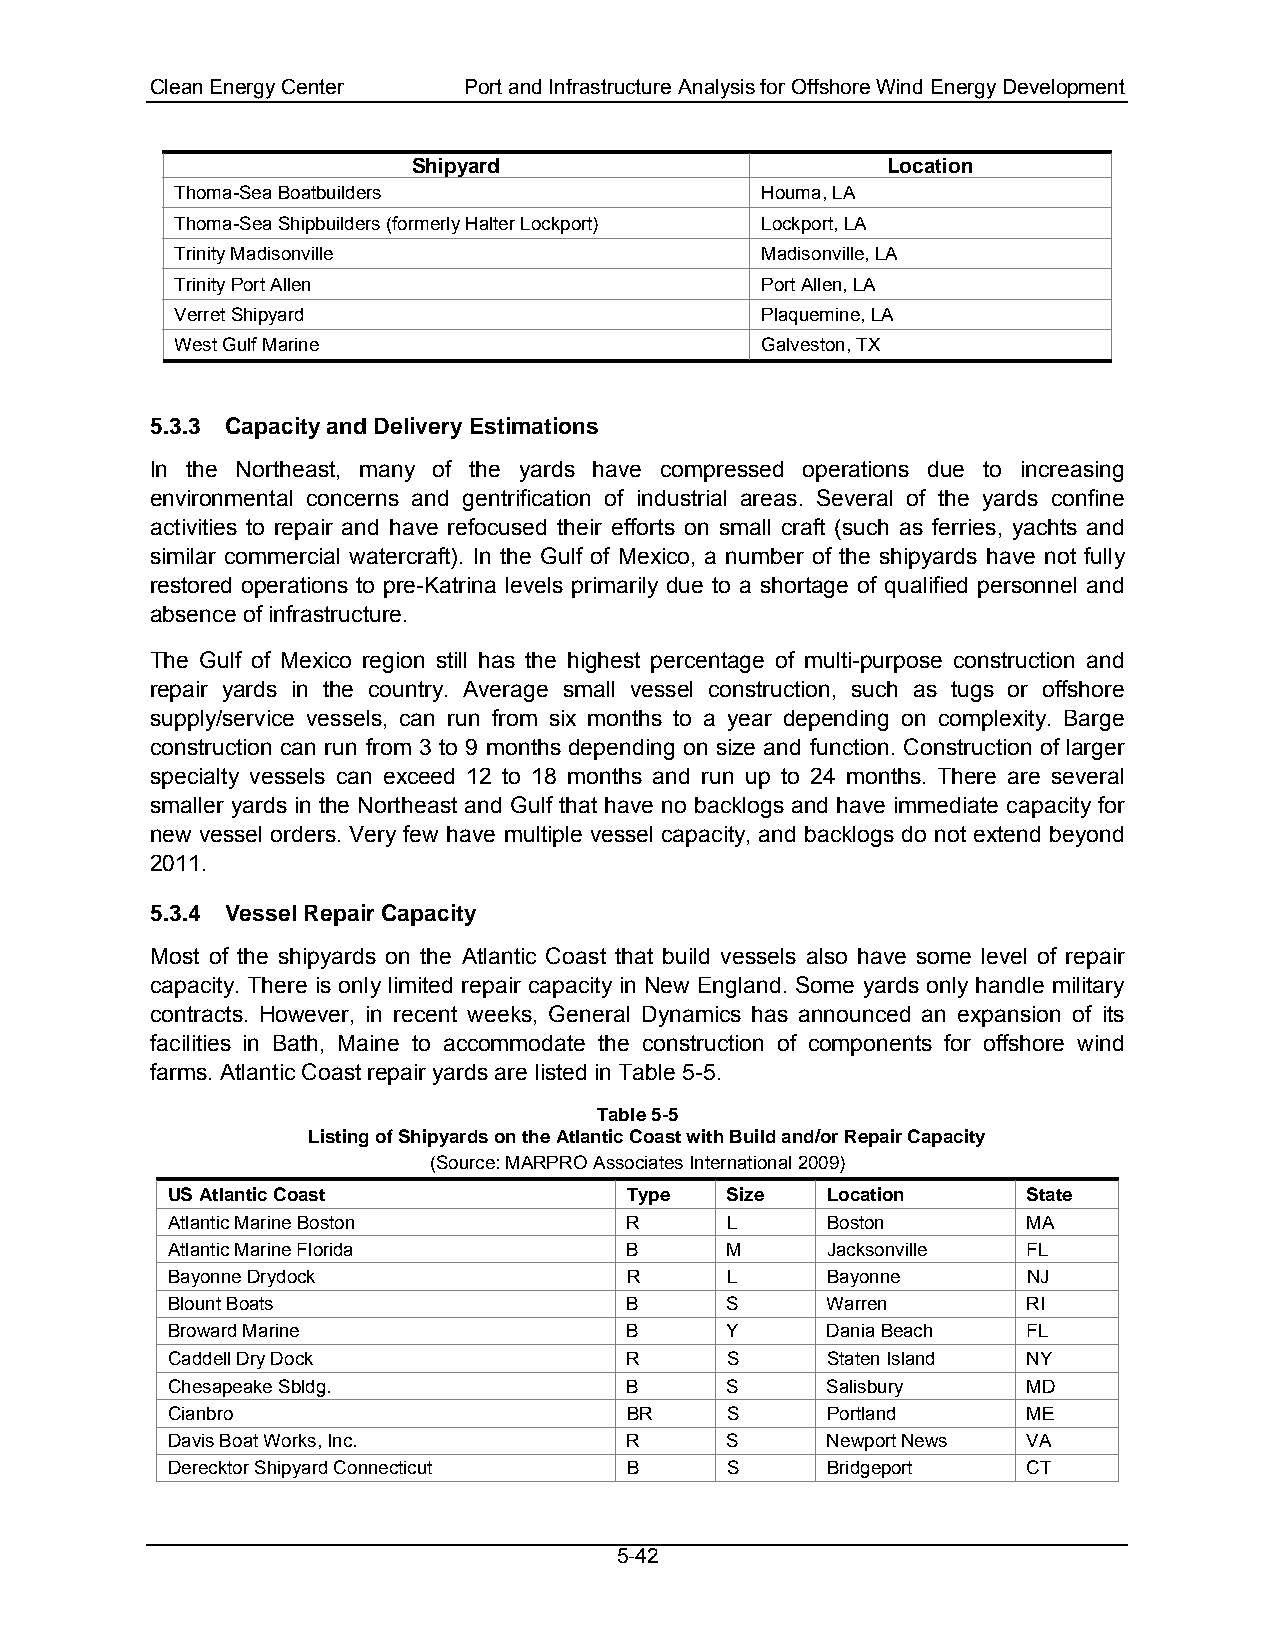
Clean Energy Center  Port and Infrastructure Analysis for Offshore Wind Energy Development
 Shipyard                        Location
 Thoma-Sea Boatbuilders                Houma, LA
 Thoma-Sea Shipbuilders (formerly Halter Lockport) Lockport, LA
 Trinity Madisonville                  Madisonville, LA
 Trinity Port Allen                    Port Allen, LA
 Verret Shipyard                       Plaquemine, LA
 West Gulf Marine                      Galveston, TX
 5.3.3 Capacity and Delivery Estimations
 In the Northeast, many of the yards have compressed operations due to increasing
 environmental concerns and gentrification of industrial areas. Several of the yards confine
 activities to repair and have refocused their efforts on small craft (such as ferries, yachts and
 similar commercial watercraft). In the Gulf of Mexico, a number of the shipyards have not fully
 restored operations to pre-Katrina levels primarily due to a shortage of qualified personnel and
 absence of infrastructure.
 The Gulf of Mexico region still has the highest percentage of multi-purpose construction and
 repair yards in the country. Average small vessel construction, such as tugs or offshore
 supply/service vessels, can run from six months to a year depending on complexity. Barge
 construction can run from 3 to 9 months depending on size and function. Construction of larger
 specialty vessels can exceed 12 to 18 months and run up to 24 months. There are several
 smaller yards in the Northeast and Gulf that have no backlogs and have immediate capacity for
 new vessel orders. Very few have multiple vessel capacity, and backlogs do not extend beyond
 2011.
 5.3.4 Vessel Repair Capacity
 Most of the shipyards on the Atlantic Coast that build vessels also have some level of repair
 capacity. There is only limited repair capacity in New England. Some yards only handle military
 contracts. However, in recent weeks, General Dynamics has announced an expansion of its
 facilities in Bath, Maine to accommodate the construction of components for offshore wind
 farms. Atlantic Coast repair yards are listed in Table 5-5.
 Table 5-5
 Listing of Shipyards on the Atlantic Coast with Build and/or Repair Capacity
 (Source: MARPRO Associates International 2009)
 US Atlantic Coast             Type   Size   Location     State
 Atlantic Marine Boston        R      L      Boston       MA
 Atlantic Marine Florida       B      M      Jacksonville FL
 Bayonne Drydock               R      L      Bayonne      NJ
 Blount Boats                  B      S      Warren       RI
 Broward Marine                B      Y      Dania Beach  FL
 Caddell Dry Dock              R      S      Staten Island NY
 Chesapeake Sbldg.             B      S      Salisbury    MD
 Cianbro                       BR     S      Portland     ME
 Davis Boat Works, Inc.        R      S      Newport News VA
 Derecktor Shipyard Connecticut B     S      Bridgeport   CT
 5-42